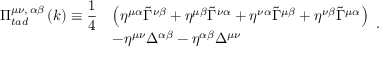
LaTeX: \begin{array} { l l l } { { \Pi _ { t a d } ^ { \mu \nu , \, \alpha \beta } \left( k \right) \equiv \displaystyle { \frac { 1 } { 4 } } } } & { { \left( \eta ^ { \mu \alpha } \tilde { \Gamma } ^ { \nu \beta } + \eta ^ { \mu \beta } \tilde { \Gamma } ^ { \nu \alpha } + \eta ^ { \nu \alpha } \tilde { \Gamma } ^ { \mu \beta } + \eta ^ { \nu \beta } \tilde { \Gamma } ^ { \mu \alpha } \right) } } \\ { { } } & { { - \eta ^ { \mu \nu } \Delta ^ { \alpha \beta } - \eta ^ { \alpha \beta } \Delta ^ { \mu \nu } } } \end{array} .